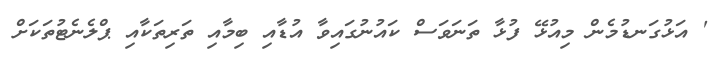
' އަޅުގަނޑުމެން މިއުޅޭ ފުޅާ ތަނަވަސް ކައުނުގައިވާ އުޑާއި ބިމާއި ތަރިތަކާއި ޕްލެނެޓުތަކަށް